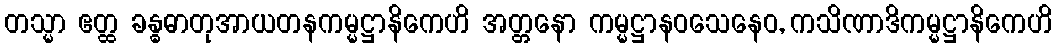
တသ္မာ ဧတ္ထ ခန္ဓဓာတုအာယတနကမ္မဋ္ဌာနိကေဟိ အတ္တနော ကမ္မဋ္ဌာနဝသေနေဝ, ကသိဏာဒိကမ္မဋ္ဌာနိကေဟိ